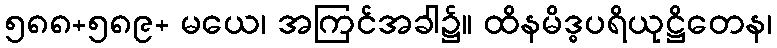
၅၈၈+၅၈၉+ မယေ၊ အကြင်အခါ၌။ ထိနမိဒ္ဓပရိယုဋ္ဌိတေန၊